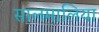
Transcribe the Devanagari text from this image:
सालमालिया